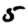
Digit: 5